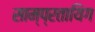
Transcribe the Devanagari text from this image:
साम्प्रतायिग